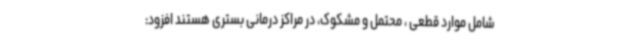
شامل موارد قطعی ، محتمل و مشکوک، در مراکز درمانی بستری هستند افزود: